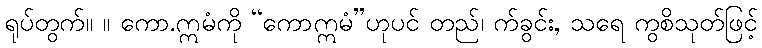
ရုပ်တွက်။ ။ ကော.ဣမံကို “ကောဣမံ”ဟုပင် တည်၊ က်ခွင်း, သရေ ကွစိသုတ်ဖြင့်